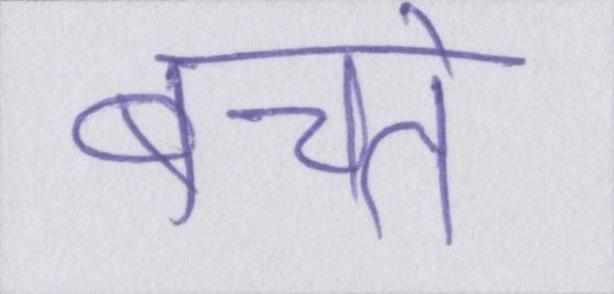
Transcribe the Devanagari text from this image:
बचते